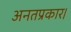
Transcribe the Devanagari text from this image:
अनतप्रकार।